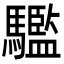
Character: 𩦹